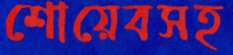
শোয়েবসহ